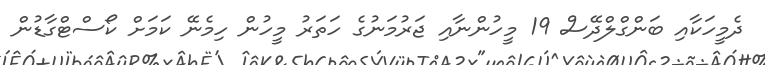
ދެމީހަކާއި ބަންގްލްދޭސް 19 މީހުންނާއި ޖަރުމަނުގެ ހަތަރު މީހުން ހިމެނޭ ކަމަށް ކޯސްޓްގާޑުން